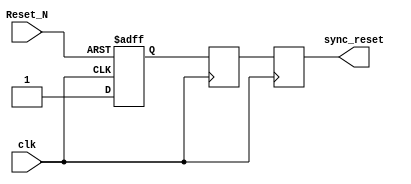
module async_reset_synchronizer (
    input wire clk,        // Clock input
    input wire Reset_N,    // Asynchronous reset input (active low)
    output reg sync_reset   // Synchronized reset output
);

    // Internal signals for the flip-flops
    reg reset_ff1; // First flip-flop
    reg reset_ff2; // Second flip-flop

    // Asynchronous reset logic
    always @(posedge clk or negedge Reset_N) begin
        if (!Reset_N) begin
            reset_ff1 <= 1'b0; // Assert reset on active low
        end else begin
            reset_ff1 <= 1'b1; // Deassert reset
        end
    end

    // Synchronous reset logic
    always @(posedge clk) begin
        reset_ff2 <= reset_ff1; // Transfer the state to the second flip-flop
    end

    // Output the synchronized reset signal
    always @(posedge clk) begin
        sync_reset <= reset_ff2; // Output the synchronized reset
    end

endmodule